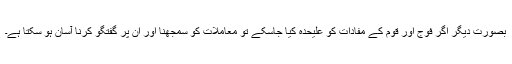
بصورت دیگر اگر فوج اور قوم کے مفادات کو علیحدہ کیا جاسکے تو معاملات کو سمجھنا اور ان پر گفتگو کرنا آسان ہو سکتا ہے۔